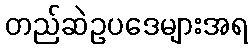
တည်ဆဲဥပဒေများအရ